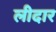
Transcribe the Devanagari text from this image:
लीदार